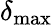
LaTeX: \delta_{\mathrm{max}}